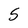
Character: 5